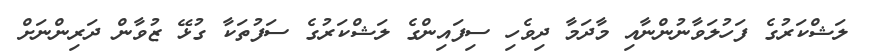
ލަޝްކަރުގެ ފަހުލަވާނުންނާއި މާދަމާ ދިވެހި ސިފައިންގެ ލަޝްކަރުގެ ސަފުތަކާ ގުޅޭ ޒުވާން ދަރިންނަށް